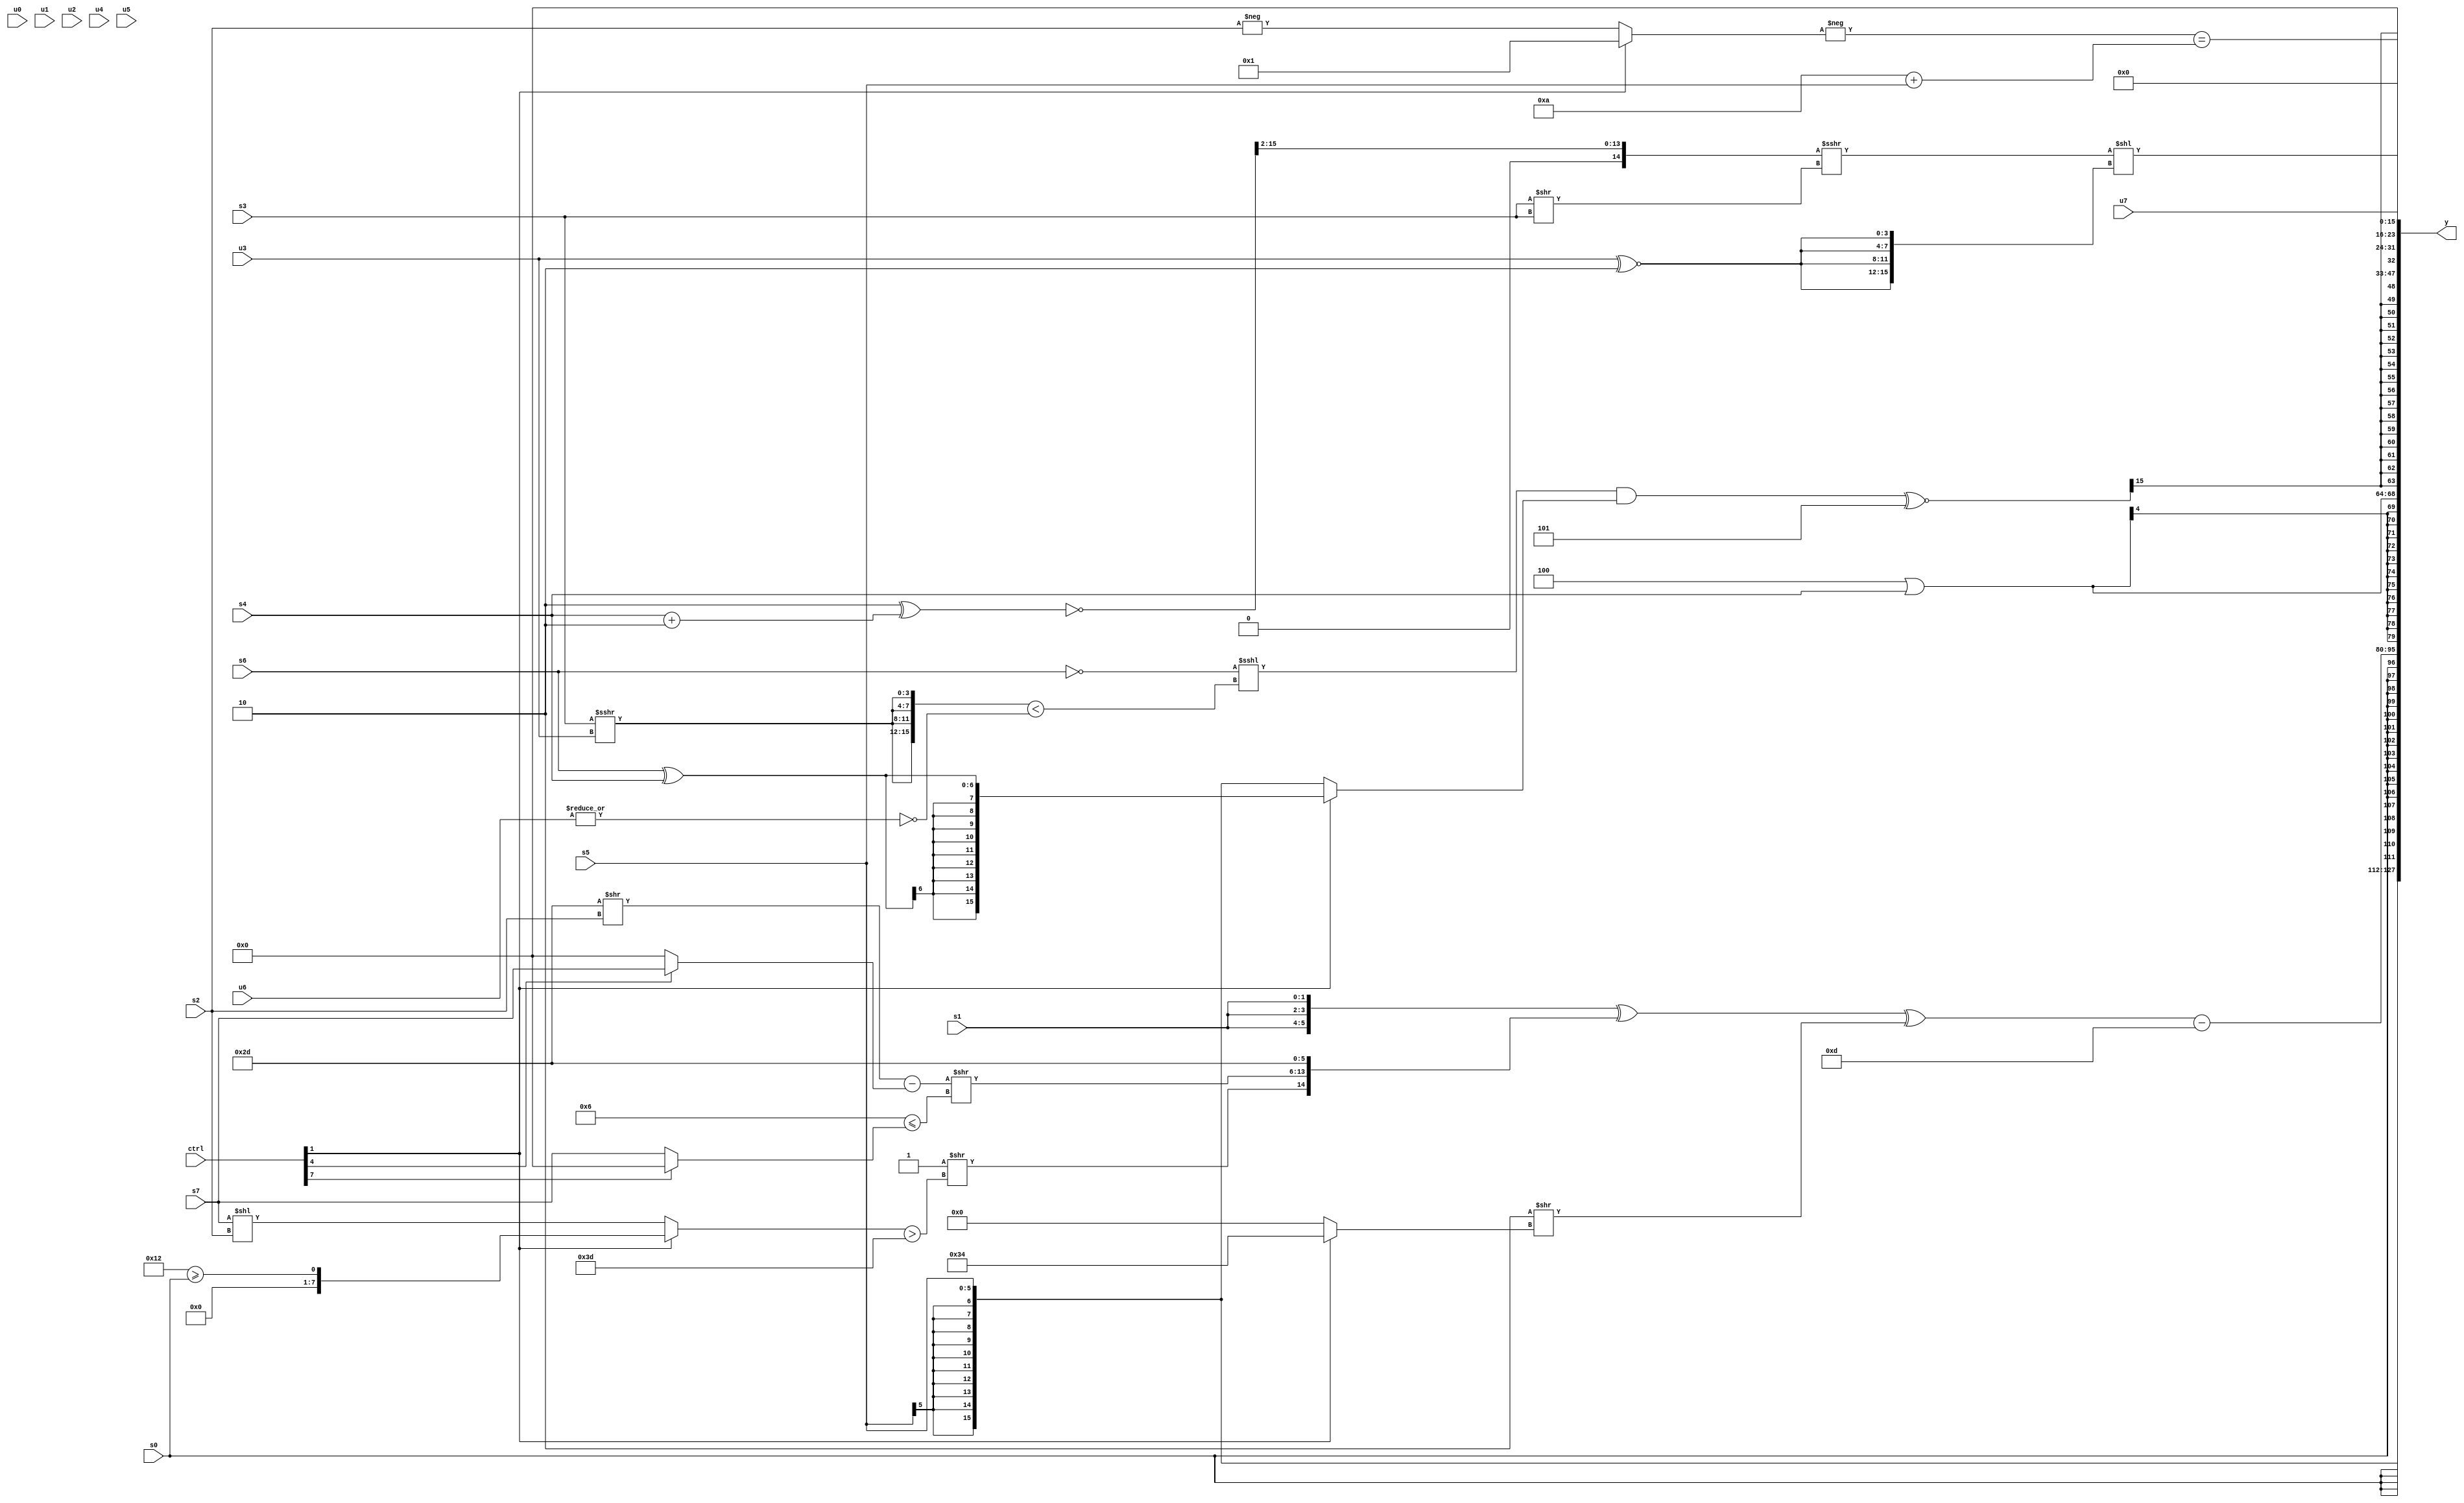
module wideexpr_00378(ctrl, u0, u1, u2, u3, u4, u5, u6, u7, s0, s1, s2, s3, s4, s5, s6, s7, y);
  input [7:0] ctrl;
  input [0:0] u0;
  input [1:0] u1;
  input [2:0] u2;
  input [3:0] u3;
  input [4:0] u4;
  input [5:0] u5;
  input [6:0] u6;
  input [7:0] u7;
  input signed [0:0] s0;
  input signed [1:0] s1;
  input signed [2:0] s2;
  input signed [3:0] s3;
  input signed [4:0] s4;
  input signed [5:0] s5;
  input signed [6:0] s6;
  input signed [7:0] s7;
  output [127:0] y;
  wire [15:0] y0;
  wire [15:0] y1;
  wire [15:0] y2;
  wire [15:0] y3;
  wire [15:0] y4;
  wire [15:0] y5;
  wire [15:0] y6;
  wire [15:0] y7;
  assign y = {y0,y1,y2,y3,y4,y5,y6,y7};
  assign y0 = s5;
  assign y1 = s0;
  assign y2 = ((({3{s1}})^({(^(4'sb0111))>>(((ctrl[1]?(5'sb10010)>=(s0):(s7)<<(s2)))>(6'sb111101)),((((6'sb101101)>>(s2))<<(+(2'sb00)))-((ctrl[4]?$signed(s7):3'sb000)))>>((4'sb0110)<=((ctrl[7]?(2'sb11)<<(6'sb110001):s7))),6'sb101101}))^((2'b10)>>($unsigned((ctrl[1]?6'sb110100:4'sb0000)))))-(4'b1101);
  assign y3 = ($signed(3'b100))|(s4);
  assign y4 = ((($signed((~(s6))<<<(({4{(s3)>>>(u3)}})<(~|(u6)))))&((ctrl[1]?(s6)^(s4):s5)))^~(4'sb1101))>>>(5'sb10001);
  assign y5 = (-((ctrl[1]?2'sb01:-(s2))))==((4'sb1010)+(s5));
  assign y6 = u7;
  assign y7 = (((~(($signed(2'sb10))^((s4)+(3'sb110))))>>($signed(2'sb10)))>>>(($signed(+($unsigned(s3))))>>(s3)))<<(+($signed({4{($signed(u3))^~(2'sb10)}})));
endmodule